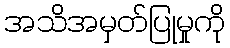
အသိအမှတ်ပြုမှုကို